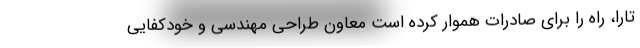
تارا، راه را برای صادرات هموار کرده است معاون طراحی مهندسی و خودکفایی